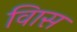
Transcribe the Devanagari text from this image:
विास